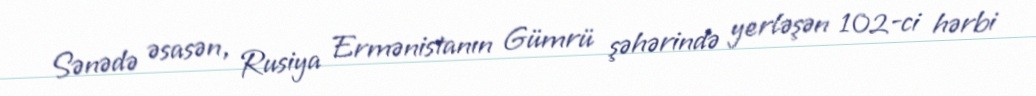
Sənədə əsasən, Rusiya Ermənistanın Gümrü şəhərində yerləşən 102-ci hərbi